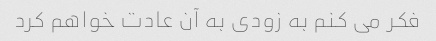
فکر می کنم به زودی به آن عادت خواهم کرد